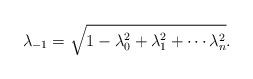
LaTeX: \begin{align*}\lambda _{-1}=\sqrt{1-\lambda _0^2+\lambda _1^2+\cdots \lambda _n^2}.\end{align*}